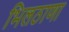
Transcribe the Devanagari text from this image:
भिलठाणा